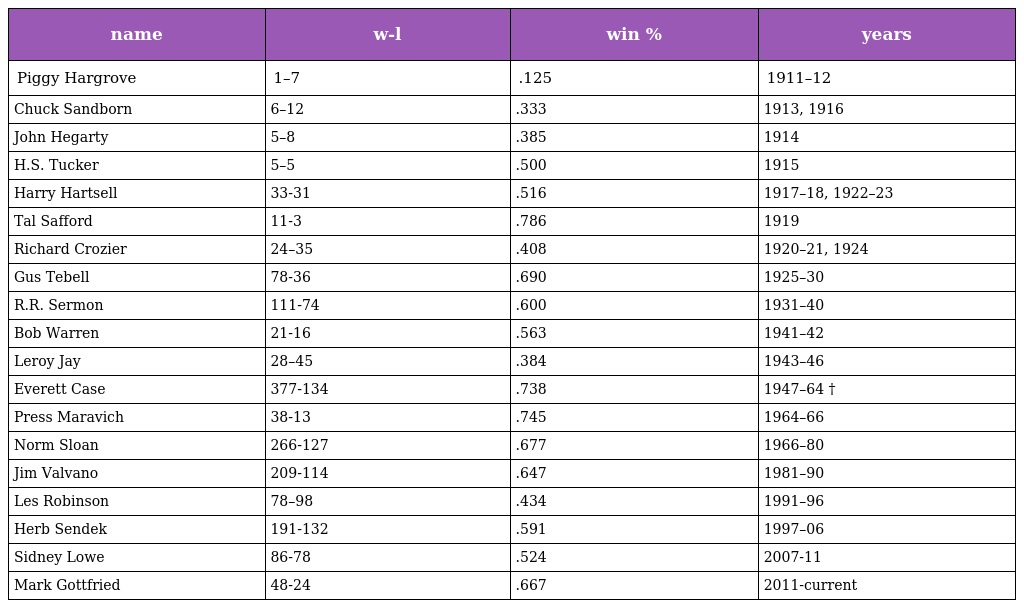
| name | w-l | win % | years |
 | --- | --- | --- | --- |
 | Piggy Hargrove | 1–7 | .125 | 1911–12 |
 | Chuck Sandborn | 6–12 | .333 | 1913, 1916 |
 | John Hegarty | 5–8 | .385 | 1914 |
 | H.S. Tucker | 5–5 | .500 | 1915 |
 | Harry Hartsell | 33-31 | .516 | 1917–18, 1922–23 |
 | Tal Safford | 11-3 | .786 | 1919 |
 | Richard Crozier | 24–35 | .408 | 1920–21, 1924 |
 | Gus Tebell | 78-36 | .690 | 1925–30 |
 | R.R. Sermon | 111-74 | .600 | 1931–40 |
 | Bob Warren | 21-16 | .563 | 1941–42 |
 | Leroy Jay | 28–45 | .384 | 1943–46 |
 | Everett Case | 377-134 | .738 | 1947–64 † |
 | Press Maravich | 38-13 | .745 | 1964–66 |
 | Norm Sloan | 266-127 | .677 | 1966–80 |
 | Jim Valvano | 209-114 | .647 | 1981–90 |
 | Les Robinson | 78–98 | .434 | 1991–96 |
 | Herb Sendek | 191-132 | .591 | 1997–06 |
 | Sidney Lowe | 86-78 | .524 | 2007-11 |
 | Mark Gottfried | 48-24 | .667 | 2011-current |